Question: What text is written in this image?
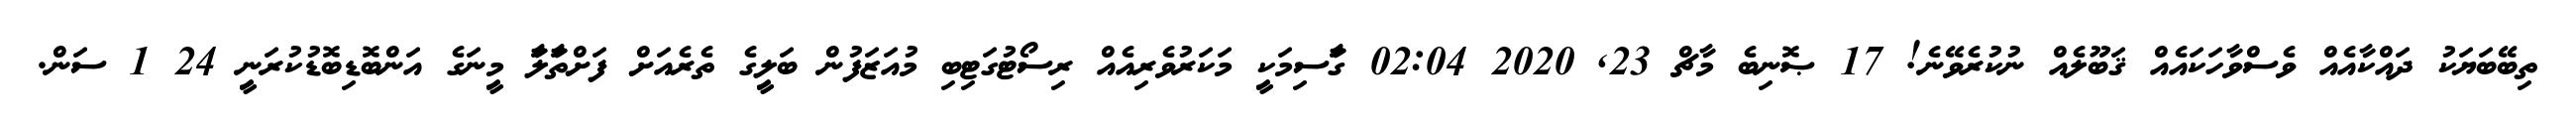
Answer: ތިބޭބަޔަކު ދައްކާއެއް ވެސްވާހަކައެއް ޤަބޫލެއް ނުކުރެވޭނެ! 17 ޞޮނިބެ މާޗް 23, 2020 02:04 ގަާސިމަކިީ މަކަރުވެރިއެއް ރިސޯޓުގަޓިބި މުއަޒަފުން ބަލިީގެ ތެރެއަށް ފަށްތަާލަާ މިީނަގެ އަންބޮޑިބޮޑުކުރަނިީ 24 1 ސަން.